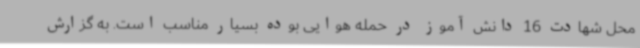
محل شهادت 16 دانش آموز در حمله هوایی بوده بسیار مناسب است. به گزارش